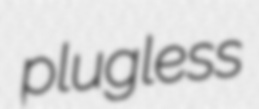
plugless